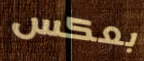
بعكس